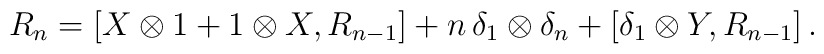
R_n = [X \otimes 1 + 1 \otimes X , R_{n-1}] + n \, \delta_1 \otimes \delta_n + [\delta_1 \otimes Y , R_{n-1}] \, .